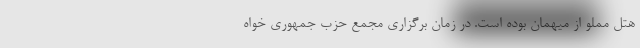
هتل مملو از میهمان بوده است. در زمان برگزاری مجمع حزب جمهوری خواه